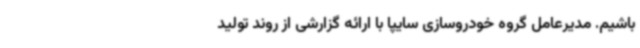
باشیم. مدیرعامل گروه خودروسازی سایپا با ارائه گزارشی از روند تولید